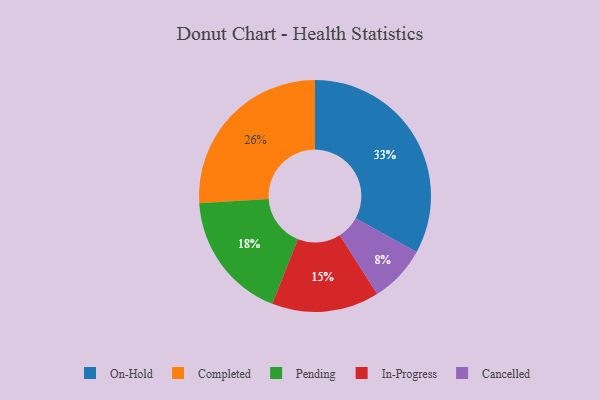
{"axis": {"x": "Category", "y": "Percentage"}, "legend": ["Cancelled", "Completed", "In-Progress", "On-Hold", "Pending"], "data": [{"x": "Completed", "y": 26, "type": "Completed"}, {"x": "Cancelled", "y": 8, "type": "Cancelled"}, {"x": "Pending", "y": 18, "type": "Pending"}, {"x": "On-Hold", "y": 33, "type": "On-Hold"}, {"x": "In-Progress", "y": 15, "type": "In-Progress"}]}